Lunatic asylums Madras 1892-1911 - 1892-1911
Year: 1892
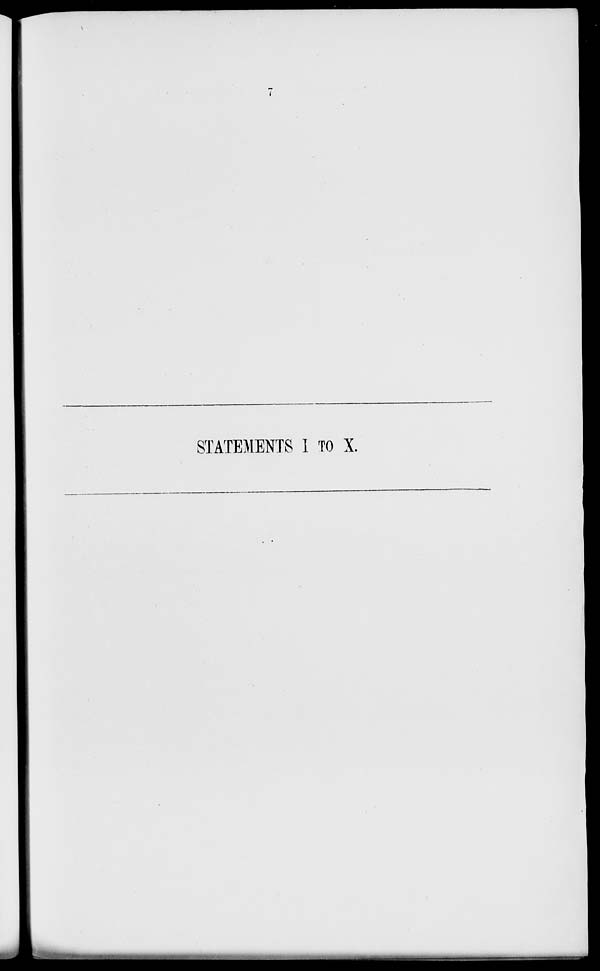
STATEMENTS I TO X.